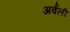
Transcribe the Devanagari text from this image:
अर्वली